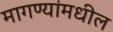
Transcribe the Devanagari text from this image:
मागण्यांमधील